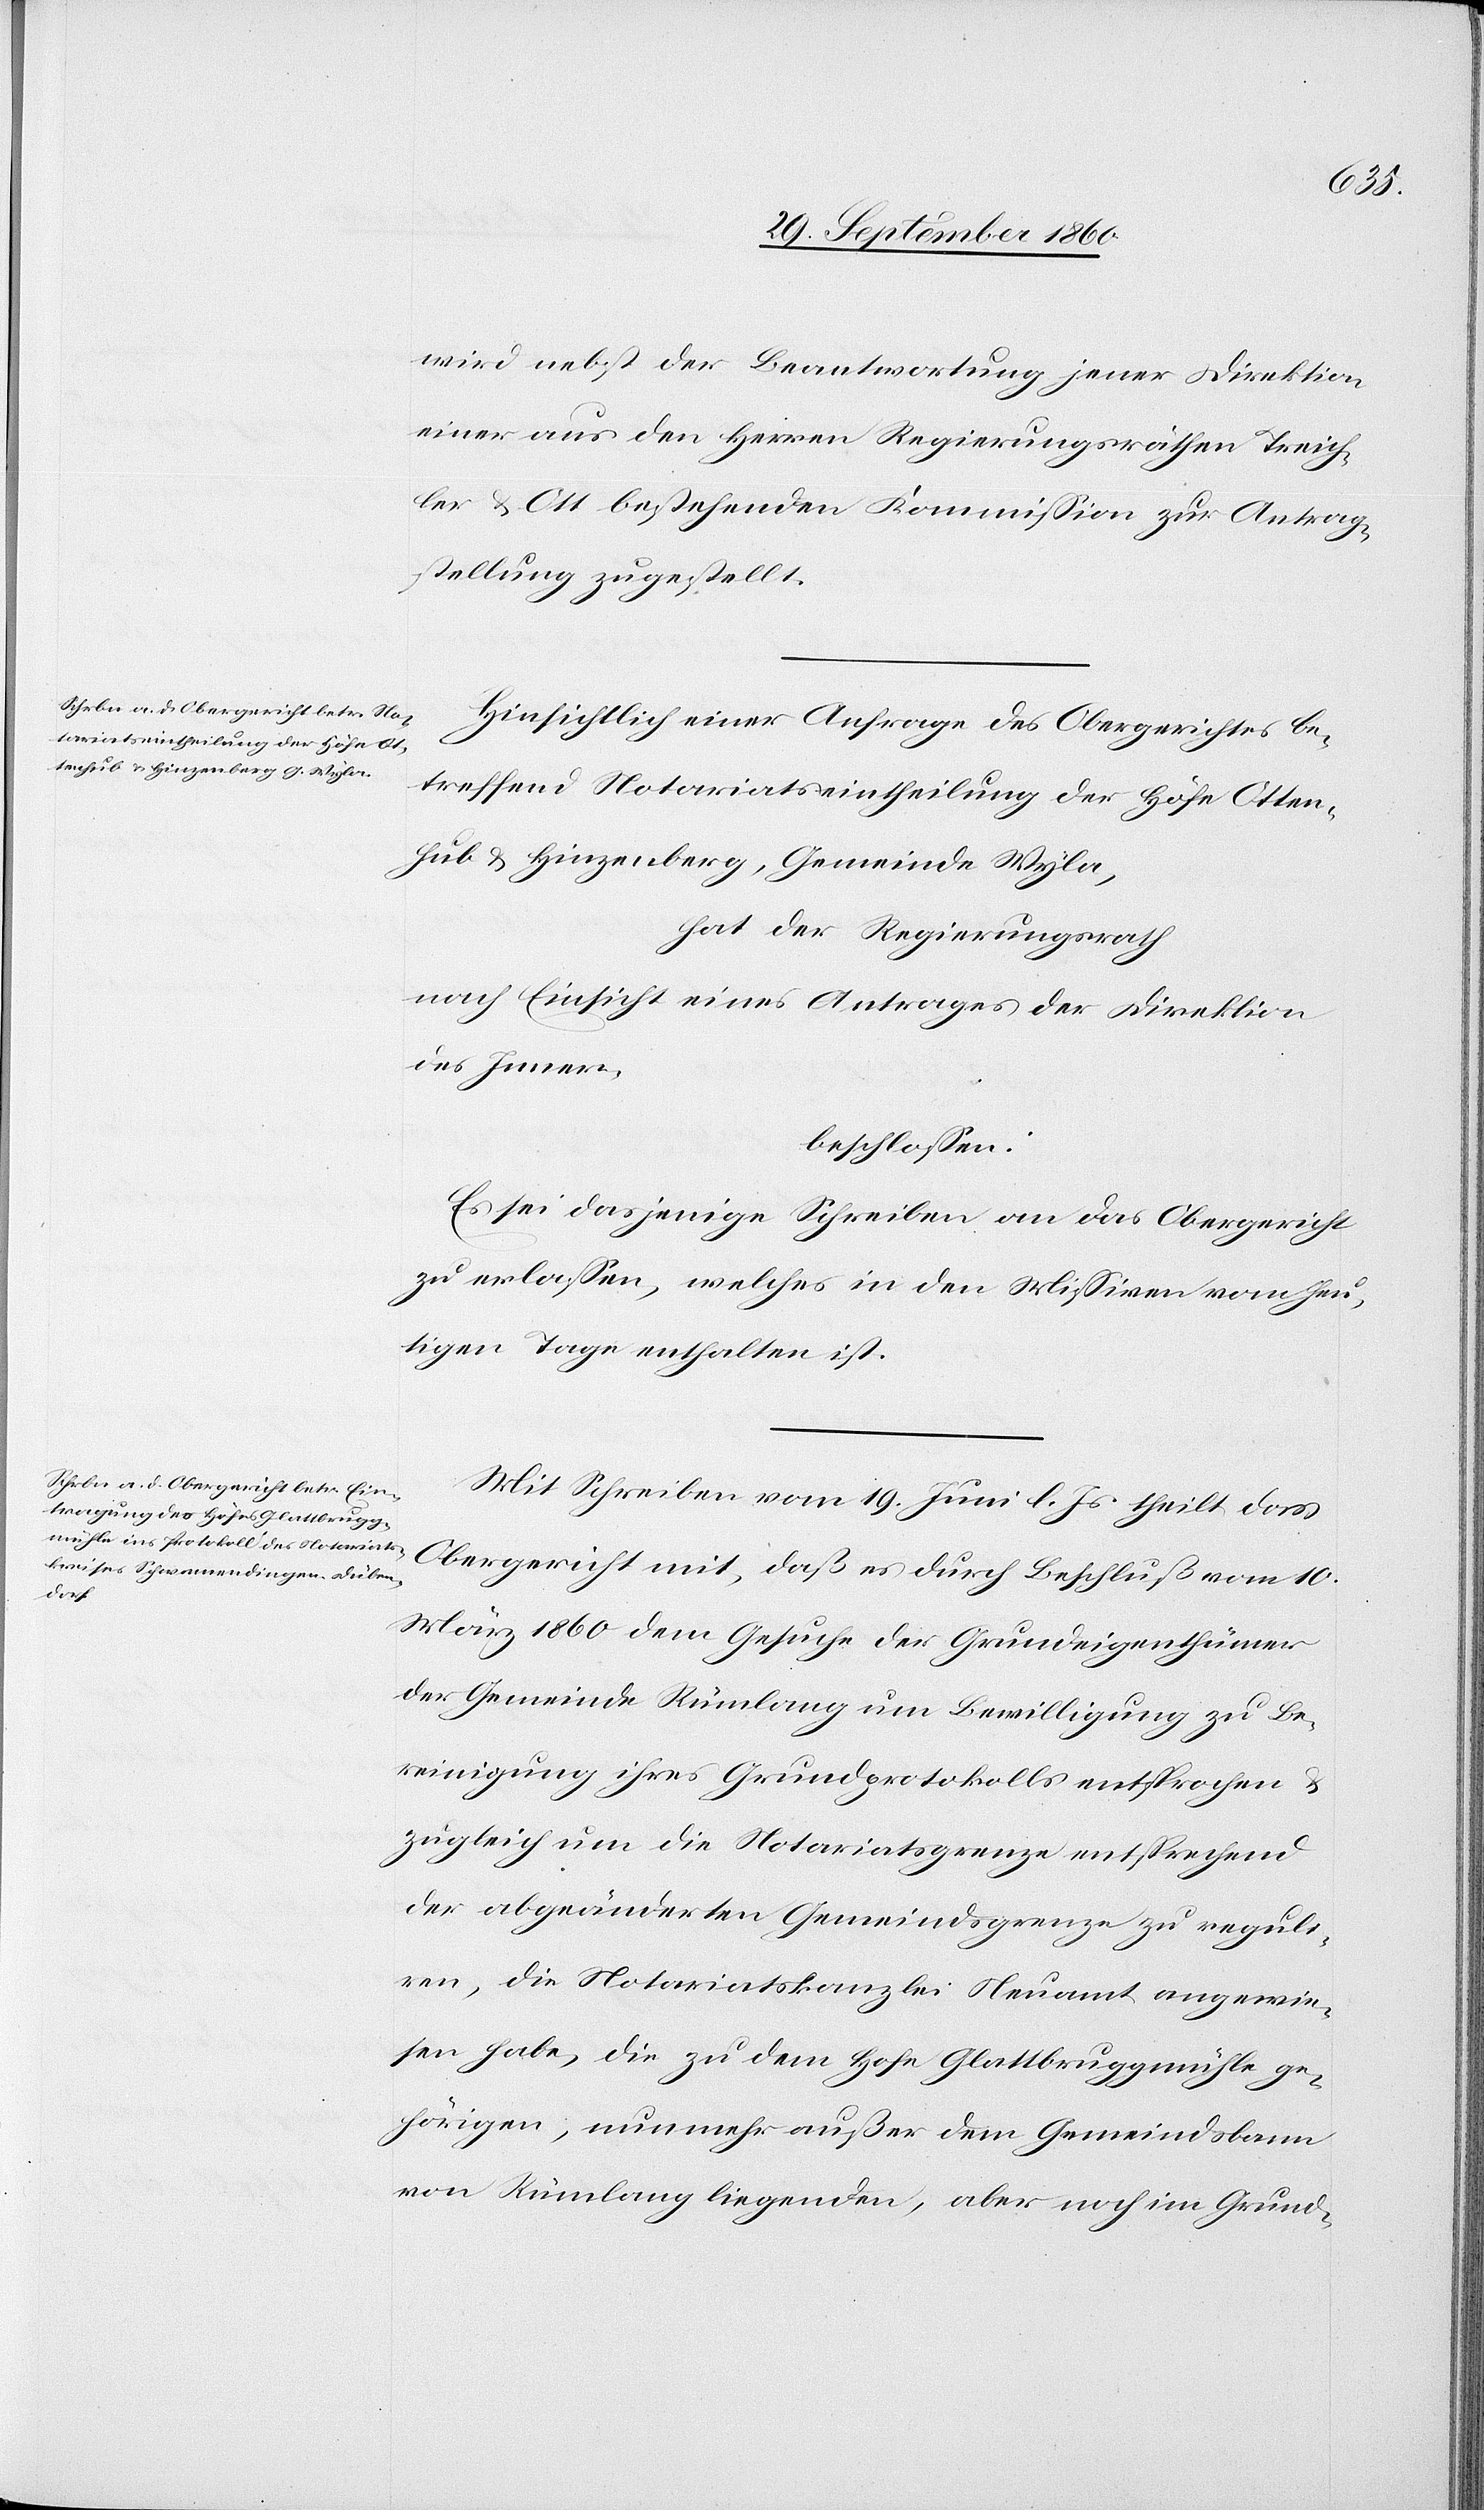
wird nebst der Beantwortung jener Direktion
einer aus den Herren Regierungsräthen Treich¬
ler & Ott bestehenden Kommission zur Antrag¬
stellung zugestellt.
Hinsichtlich einer Anfrage des Obergerichtes be¬
treffend Notariatseintheilung der Höfe Otten¬
hub u. Hinzenberg, Gemeinde Wyla,
hat der Regierungsrath
nach Einsicht eines Antrages der Direktion
des Innern,
beschlossen:
Es sei dasjenige Schreiben an das Obergericht
zu erlassen, welches in den Missiven vom heu¬
tigen Tage enthalten ist.
Mit Schreiben vom 19. Juni l. Js. theilt das
Obergericht mit, daß es durch Beschluß vom 10.
März 1860 dem Gesuche der Grundeigenthümer
der Gemeinde Rümlang um Bewilligung zu Be¬
reinigung ihres Grundprotokolls entsprochen
&
zugleich um die Notariatsgrenze entsprechend
der abgeänderten Gemeindsgrenze zu reguli¬
ren, die Notariatskanzlei Neuamt angewie¬
sen habe, die zu dem Hofe Glattbruggmühle ge¬
hörigen, nunmehr außer dem Gemeindsbann
von Rümlang liegende, aber noch im Grund-